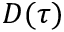
D ( \tau )